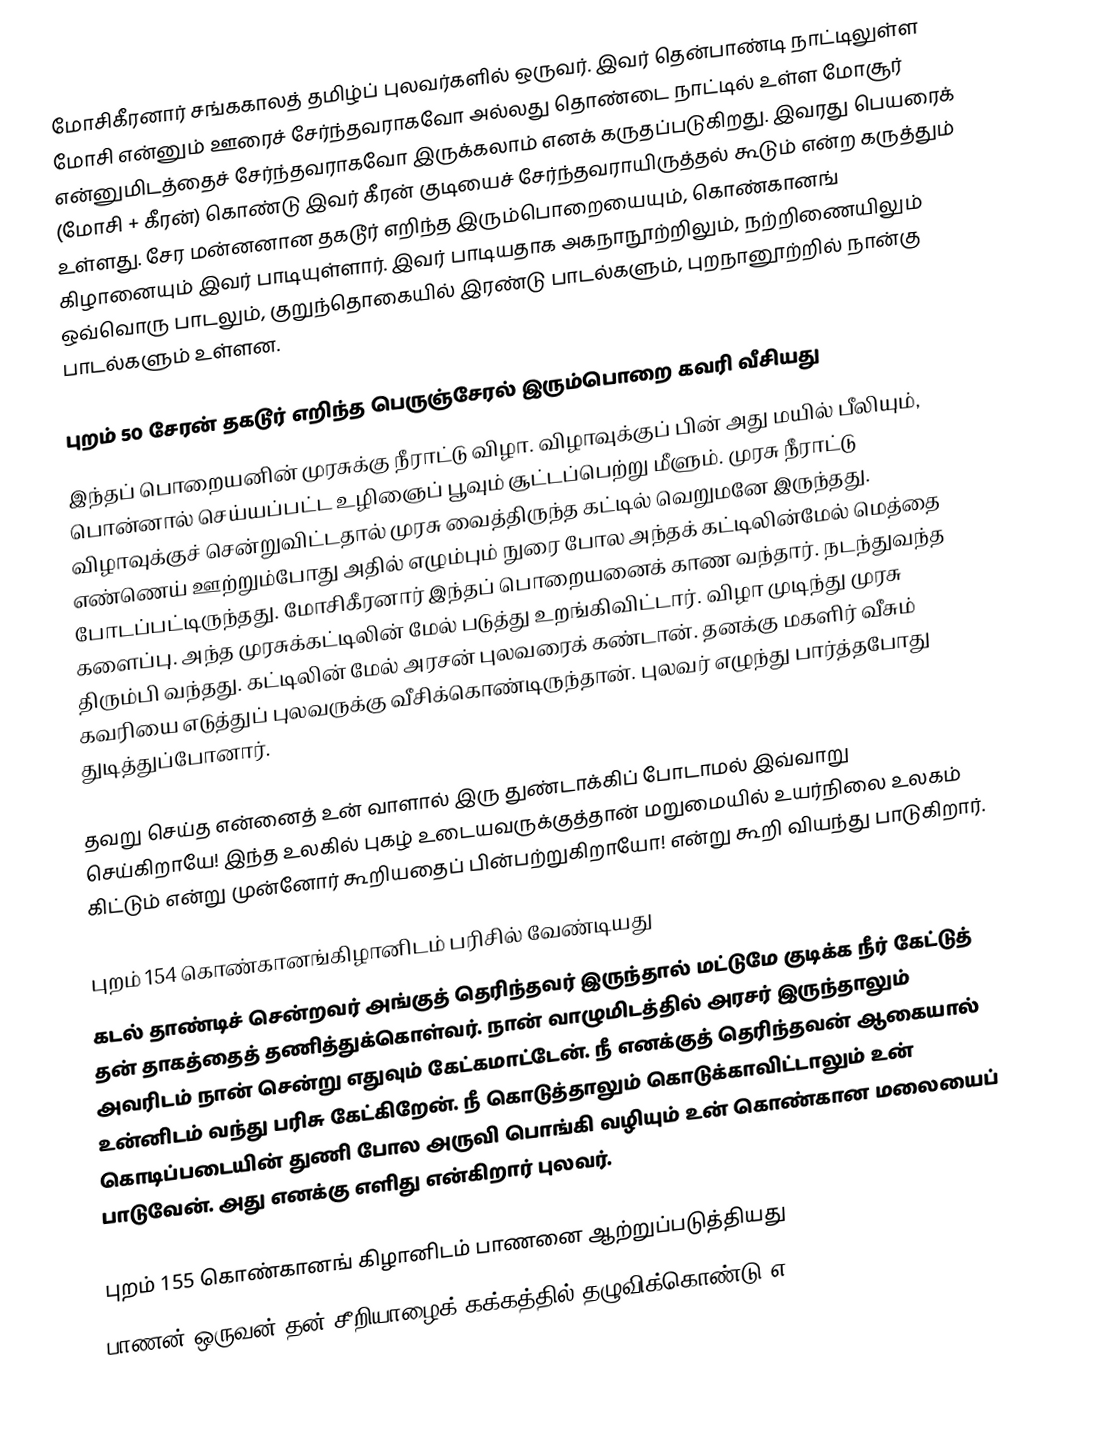
மோசிகீரனார் சங்ககாலத் தமிழ்ப் புலவர்களில் ஒருவர். இவர் தென்பாண்டி நாட்டிலுள்ள மோசி என்னும் ஊரைச் சேர்ந்தவராகவோ அல்லது தொண்டை நாட்டில் உள்ள மோசூர் என்னுமிடத்தைச் சேர்ந்தவராகவோ இருக்கலாம் எனக் கருதப்படுகிறது. இவரது பெயரைக் (மோசி + கீரன்) கொண்டு இவர் கீரன் குடியைச் சேர்ந்தவராயிருத்தல் கூடும் என்ற கருத்தும் உள்ளது. சேர மன்னனான தகடூர் எறிந்த இரும்பொறையையும், கொண்கானங் கிழானையும் இவர் பாடியுள்ளார். இவர் பாடியதாக அகநாநூற்றிலும், நற்றிணையிலும் ஒவ்வொரு பாடலும், குறுந்தொகையில் இரண்டு பாடல்களும், புறநானூற்றில் நான்கு பாடல்களும் உள்ளன.

புறம் 50 சேரன் தகடூர் எறிந்த பெருஞ்சேரல் இரும்பொறை கவரி வீசியது
இந்தப் பொறையனின் முரசுக்கு நீராட்டு விழா. விழாவுக்குப் பின் அது மயில் பீலியும், பொன்னால் செய்யப்பட்ட உழிஞைப் பூவும் சூட்டப்பெற்று மீளும். முரசு நீராட்டு விழாவுக்குச் சென்றுவிட்டதால் முரசு வைத்திருந்த கட்டில் வெறுமனே இருந்தது. எண்ணெய் ஊற்றும்போது அதில் எழும்பும் நுரை போல அந்தக் கட்டிலின்மேல் மெத்தை போடப்பட்டிருந்தது. மோசிகீரனார் இந்தப் பொறையனைக் காண வந்தார். நடந்துவந்த களைப்பு. அந்த முரசுக்கட்டிலின் மேல் படுத்து உறங்கிவிட்டார். விழா முடிந்து முரசு திரும்பி வந்தது. கட்டிலின் மேல் அரசன் புலவரைக் கண்டான். தனக்கு மகளிர் வீசும் கவரியை எடுத்துப் புலவருக்கு வீசிக்கொண்டிருந்தான். புலவர் எழுந்து பார்த்தபோது துடித்துப்போனார்.

தவறு செய்த என்னைத் உன் வாளால் இரு துண்டாக்கிப் போடாமல் இவ்வாறு செய்கிறாயே! இந்த உலகில் புகழ் உடையவருக்குத்தான் மறுமையில் உயர்நிலை உலகம் கிட்டும் என்று முன்னோர் கூறியதைப் பின்பற்றுகிறாயோ! என்று கூறி வியந்து பாடுகிறார்.

புறம் 154 கொண்கானங்கிழானிடம் பரிசில் வேண்டியது
கடல் தாண்டிச் சென்றவர் அங்குத் தெரிந்தவர் இருந்தால் மட்டுமே குடிக்க நீர் கேட்டுத் தன் தாகத்தைத் தணித்துக்கொள்வர். நான் வாழுமிடத்தில் அரசர் இருந்தாலும் அவரிடம் நான் சென்று எதுவும் கேட்கமாட்டேன். நீ எனக்குத் தெரிந்தவன் ஆகையால் உன்னிடம் வந்து பரிசு கேட்கிறேன். நீ கொடுத்தாலும் கொடுக்காவிட்டாலும் உன் கொடிப்படையின் துணி போல அருவி பொங்கி வழியும் உன் கொண்கான மலையைப் பாடுவேன். அது எனக்கு எளிது என்கிறார் புலவர்.

புறம் 155 கொண்கானங் கிழானிடம் பாணனை ஆற்றுப்படுத்தியது
பாணன் ஒருவன் தன் சீறியாழைக் கக்கத்தில் தழுவிக்கொண்டு எ